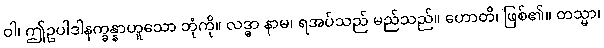
ဝါ၊ ဤဥပါဒါနက္ခန္နာဟူသော ဘုံကို။ လဒ္ဓာ နာမ၊ ရအပ်သည် မည်သည်။ ဟောတိ၊ ဖြစ်၏။ တသ္မာ၊